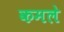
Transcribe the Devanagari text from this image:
कमले